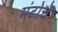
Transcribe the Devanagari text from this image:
मंटोचे